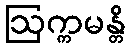
ဩက္ကမန္တိ